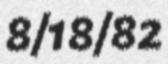
8/18/82